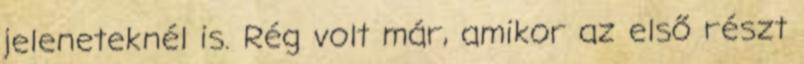
jeleneteknél is. Rég volt már, amikor az első részt